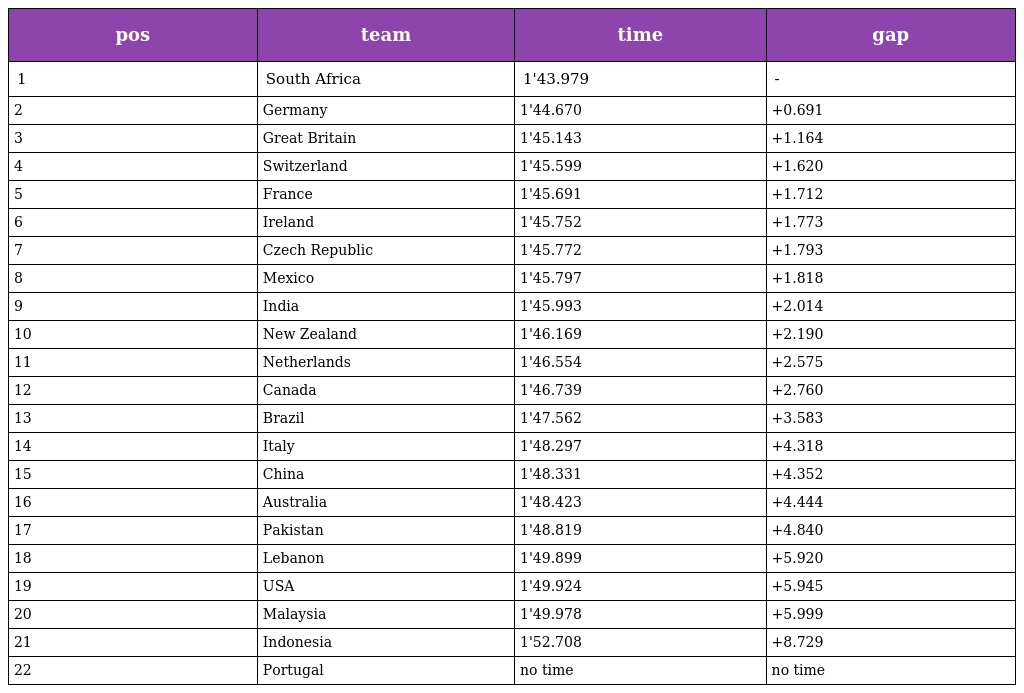
| pos | team | time | gap |
 | --- | --- | --- | --- |
 | 1 | South Africa | 1'43.979 | - |
 | 2 | Germany | 1'44.670 | +0.691 |
 | 3 | Great Britain | 1'45.143 | +1.164 |
 | 4 | Switzerland | 1'45.599 | +1.620 |
 | 5 | France | 1'45.691 | +1.712 |
 | 6 | Ireland | 1'45.752 | +1.773 |
 | 7 | Czech Republic | 1'45.772 | +1.793 |
 | 8 | Mexico | 1'45.797 | +1.818 |
 | 9 | India | 1'45.993 | +2.014 |
 | 10 | New Zealand | 1'46.169 | +2.190 |
 | 11 | Netherlands | 1'46.554 | +2.575 |
 | 12 | Canada | 1'46.739 | +2.760 |
 | 13 | Brazil | 1'47.562 | +3.583 |
 | 14 | Italy | 1'48.297 | +4.318 |
 | 15 | China | 1'48.331 | +4.352 |
 | 16 | Australia | 1'48.423 | +4.444 |
 | 17 | Pakistan | 1'48.819 | +4.840 |
 | 18 | Lebanon | 1'49.899 | +5.920 |
 | 19 | USA | 1'49.924 | +5.945 |
 | 20 | Malaysia | 1'49.978 | +5.999 |
 | 21 | Indonesia | 1'52.708 | +8.729 |
 | 22 | Portugal | no time | no time |